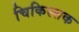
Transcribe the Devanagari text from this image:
चिकिस्सक